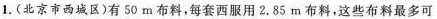
1.(北京市西城区)有50m布料，每套西服用2.85m布料。这些布料最多可